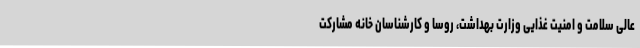
عالی سلامت و امنیت غذایی وزارت بهداشت، روسا و کارشناسان خانه مشارکت